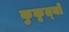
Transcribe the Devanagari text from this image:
कुकृत्‍यों